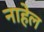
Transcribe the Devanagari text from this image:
नाहेल